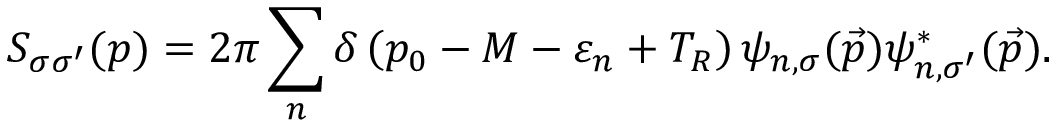
{ \cal S } _ { \sigma \sigma ^ { \prime } } ( p ) = 2 \pi \sum _ { n } \delta \left( p _ { 0 } - M - \varepsilon _ { n } + T _ { R } \right) \psi _ { n , \sigma } ( { \vec { p } } ) \psi _ { n , \sigma ^ { \prime } } ^ { * } ( { \vec { p } } ) .